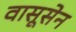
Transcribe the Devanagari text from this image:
वासूसेन